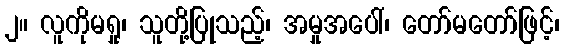
၂။ လူကိုမရှု၊ သူတို့ပြုသည့်၊ အမှုအပေါ်၊ တော်မတော်ဖြင့်၊